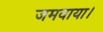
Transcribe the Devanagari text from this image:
जमवाया।